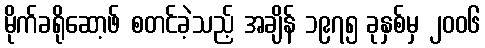
မိုက်ခရိုဆော့ဖ် စတင်ခဲ့သည့် အချိန် ၁၉၇၅ ခုနှစ်မှ ၂၀၀၆